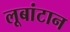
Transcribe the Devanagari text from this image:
लूबांटान